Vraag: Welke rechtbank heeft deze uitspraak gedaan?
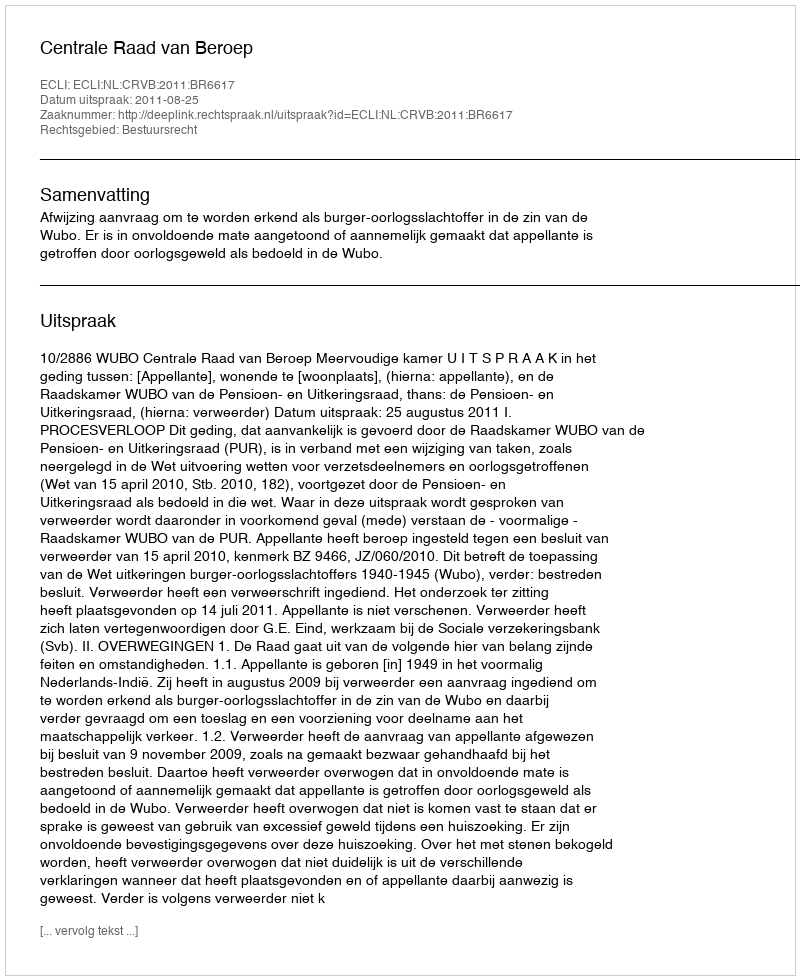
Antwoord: Centrale Raad van Beroep